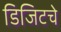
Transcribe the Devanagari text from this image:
डिजिटचे